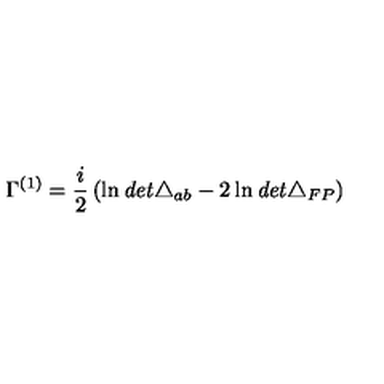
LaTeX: \Gamma ^ { ( 1 ) } = \frac { i } { 2 } \left( \ln { \it d e t } \triangle _ { a b } - 2 \ln { \it d e t } \triangle _ { F P } \right)